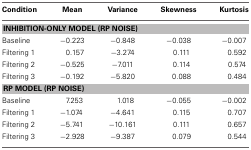
| Condition | Mean | Variance | Skewness | Kurtosis |
 | --- | --- | --- | --- | --- |
 | <COLSPAN=5> INHIBITION-ONLY MODEL (RP NOISE) |
 | Baseline | −0.223 | −0.848 | −0.038 | −0.007 |
 | Filtering 1 | 0.157 | −3.274 | 0.111 | 0.592 |
 | Filtering 2 | −0.525 | −7.011 | 0.114 | 0.574 |
 | Filtering 3 | −0.192 | −5.820 | 0.088 | 0.484 |
 | <COLSPAN=5> RP MODEL (RP NOISE) |
 | Baseline | 7.253 | 1.018 | −0.055 | −0.002 |
 | Filtering 1 | −1.074 | −4.641 | 0.115 | 0.707 |
 | Filtering 2 | −5.741 | −10.161 | 0.111 | 0.657 |
 | Filtering 3 | −2.928 | −9.387 | 0.079 | 0.544 |